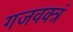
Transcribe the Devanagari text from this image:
गजवक्त्रं